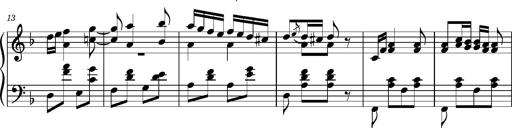
Title: Ungarischer Romanzero
Composer: Franz Liszt